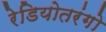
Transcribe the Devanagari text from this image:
रेडियोतरंगो